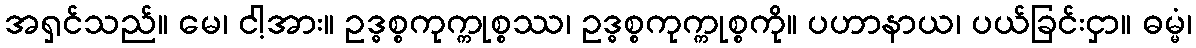
အရှင်သည်။ မေ၊ ငါ့အား။ ဥဒ္ဓစ္စကုက္ကုစ္စဿ၊ ဥဒ္ဓစ္စကုက္ကုစ္စကို။ ပဟာနာယ၊ ပယ်ခြင်းငှာ။ ဓမ္မံ၊